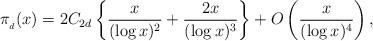
LaTeX: \begin{align*} \pi_{_d}(x)=2C_{2d}\left\{\frac{x}{(\log x)^2}+\frac{2x}{(\log x)^3}\right\} +O\left(\frac{x}{(\log x)^4}\right), \end{align*}